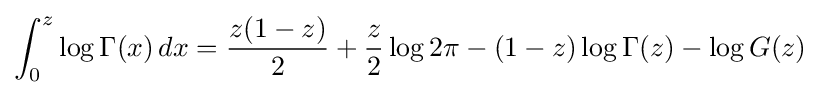
\int _{0}^{z}\log \Gamma (x)\,dx={\frac {z(1-z)}{2}}+{\frac {z}{2}}\log 2\pi -(1-z)\log \Gamma (z)-\log G(z)